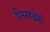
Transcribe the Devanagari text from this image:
निग्स्बेर्ग